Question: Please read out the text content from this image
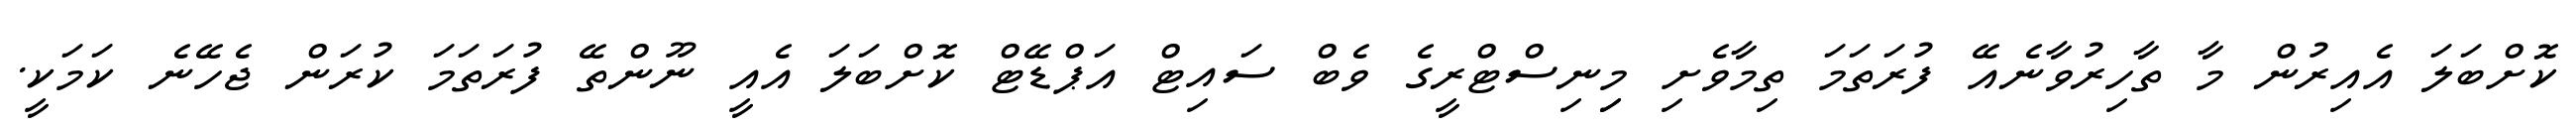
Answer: ކޮށްބަލަ އެއިރުން މާ ތާހިރުވާނެއޭ ފުރަތަމަ ތިމާވެށި މިިނިސްޓްރީގެ ވެބް ސައިޓް އަޕްޑޭޓް ކޮށްބަލަ އެއީ ނޫންތޭ ފުރަތަމަ ކުރަން ޖެހޭނެ ކަމަކީ.